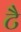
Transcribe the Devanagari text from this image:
टै